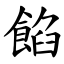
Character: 餡